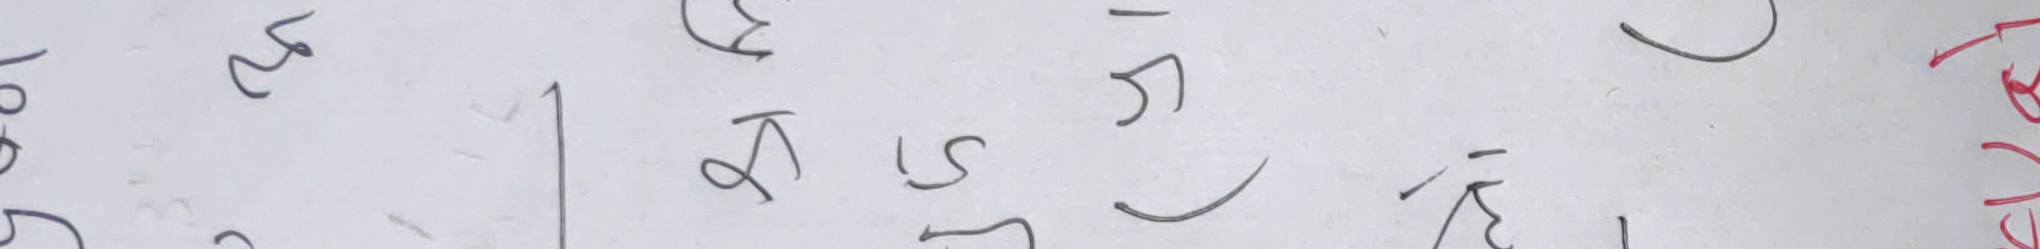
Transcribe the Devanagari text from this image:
कस